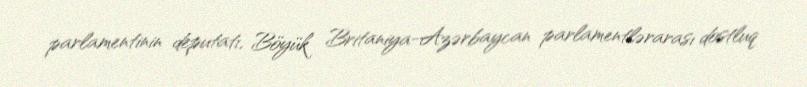
parlamentinin deputatı, Böyük Britaniya-Azərbaycan parlamentlərarası dostluq